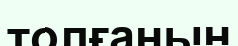
толғанын